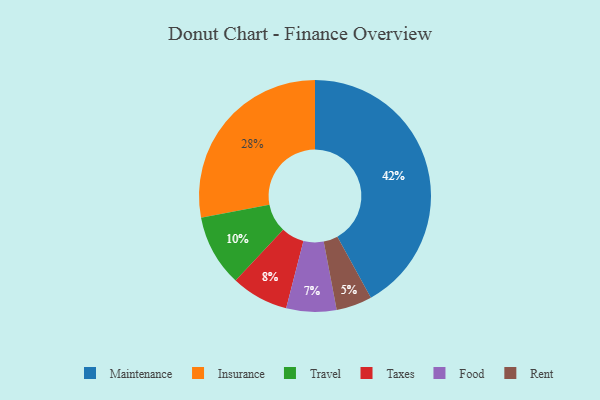
{"axis": {"x": "Category", "y": "Percentage"}, "legend": ["Food", "Insurance", "Maintenance", "Rent", "Taxes", "Travel"], "data": [{"x": "Taxes", "y": 8, "type": "Taxes"}, {"x": "Food", "y": 7, "type": "Food"}, {"x": "Travel", "y": 10, "type": "Travel"}, {"x": "Maintenance", "y": 42, "type": "Maintenance"}, {"x": "Rent", "y": 5, "type": "Rent"}, {"x": "Insurance", "y": 28, "type": "Insurance"}]}